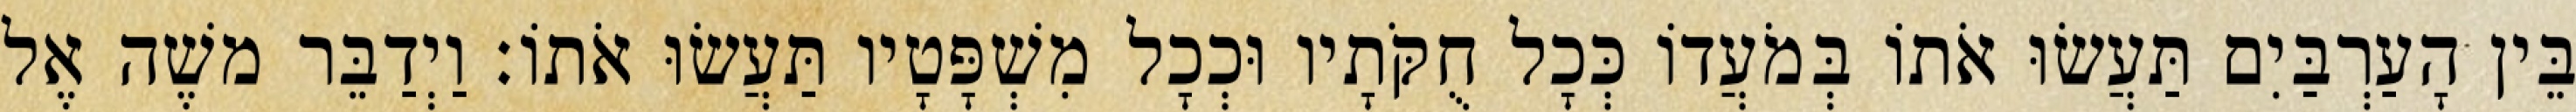
בֵּין הָעַרְבַּיִם תַּעֲשׂוּ אֹתוֹ בְּמֹעֲדוֹ כְּכָל חֻקֹּתָיו וּכְכָל מִשְׁפָּטָיו תַּעֲשׂוּ אֹתוֹ׃ וַיְדַבֵּר משֶׁה אֶל